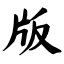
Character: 版